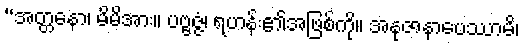
“အတ္တနော၊ မိမိအား။ ပဗ္ဗဇ္ဇံ၊ ရဟန်း၏အဖြစ်ကို။ အနုဇာနာပေဿာမိ၊